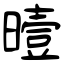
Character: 曀